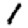
Digit: 1